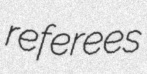
referees